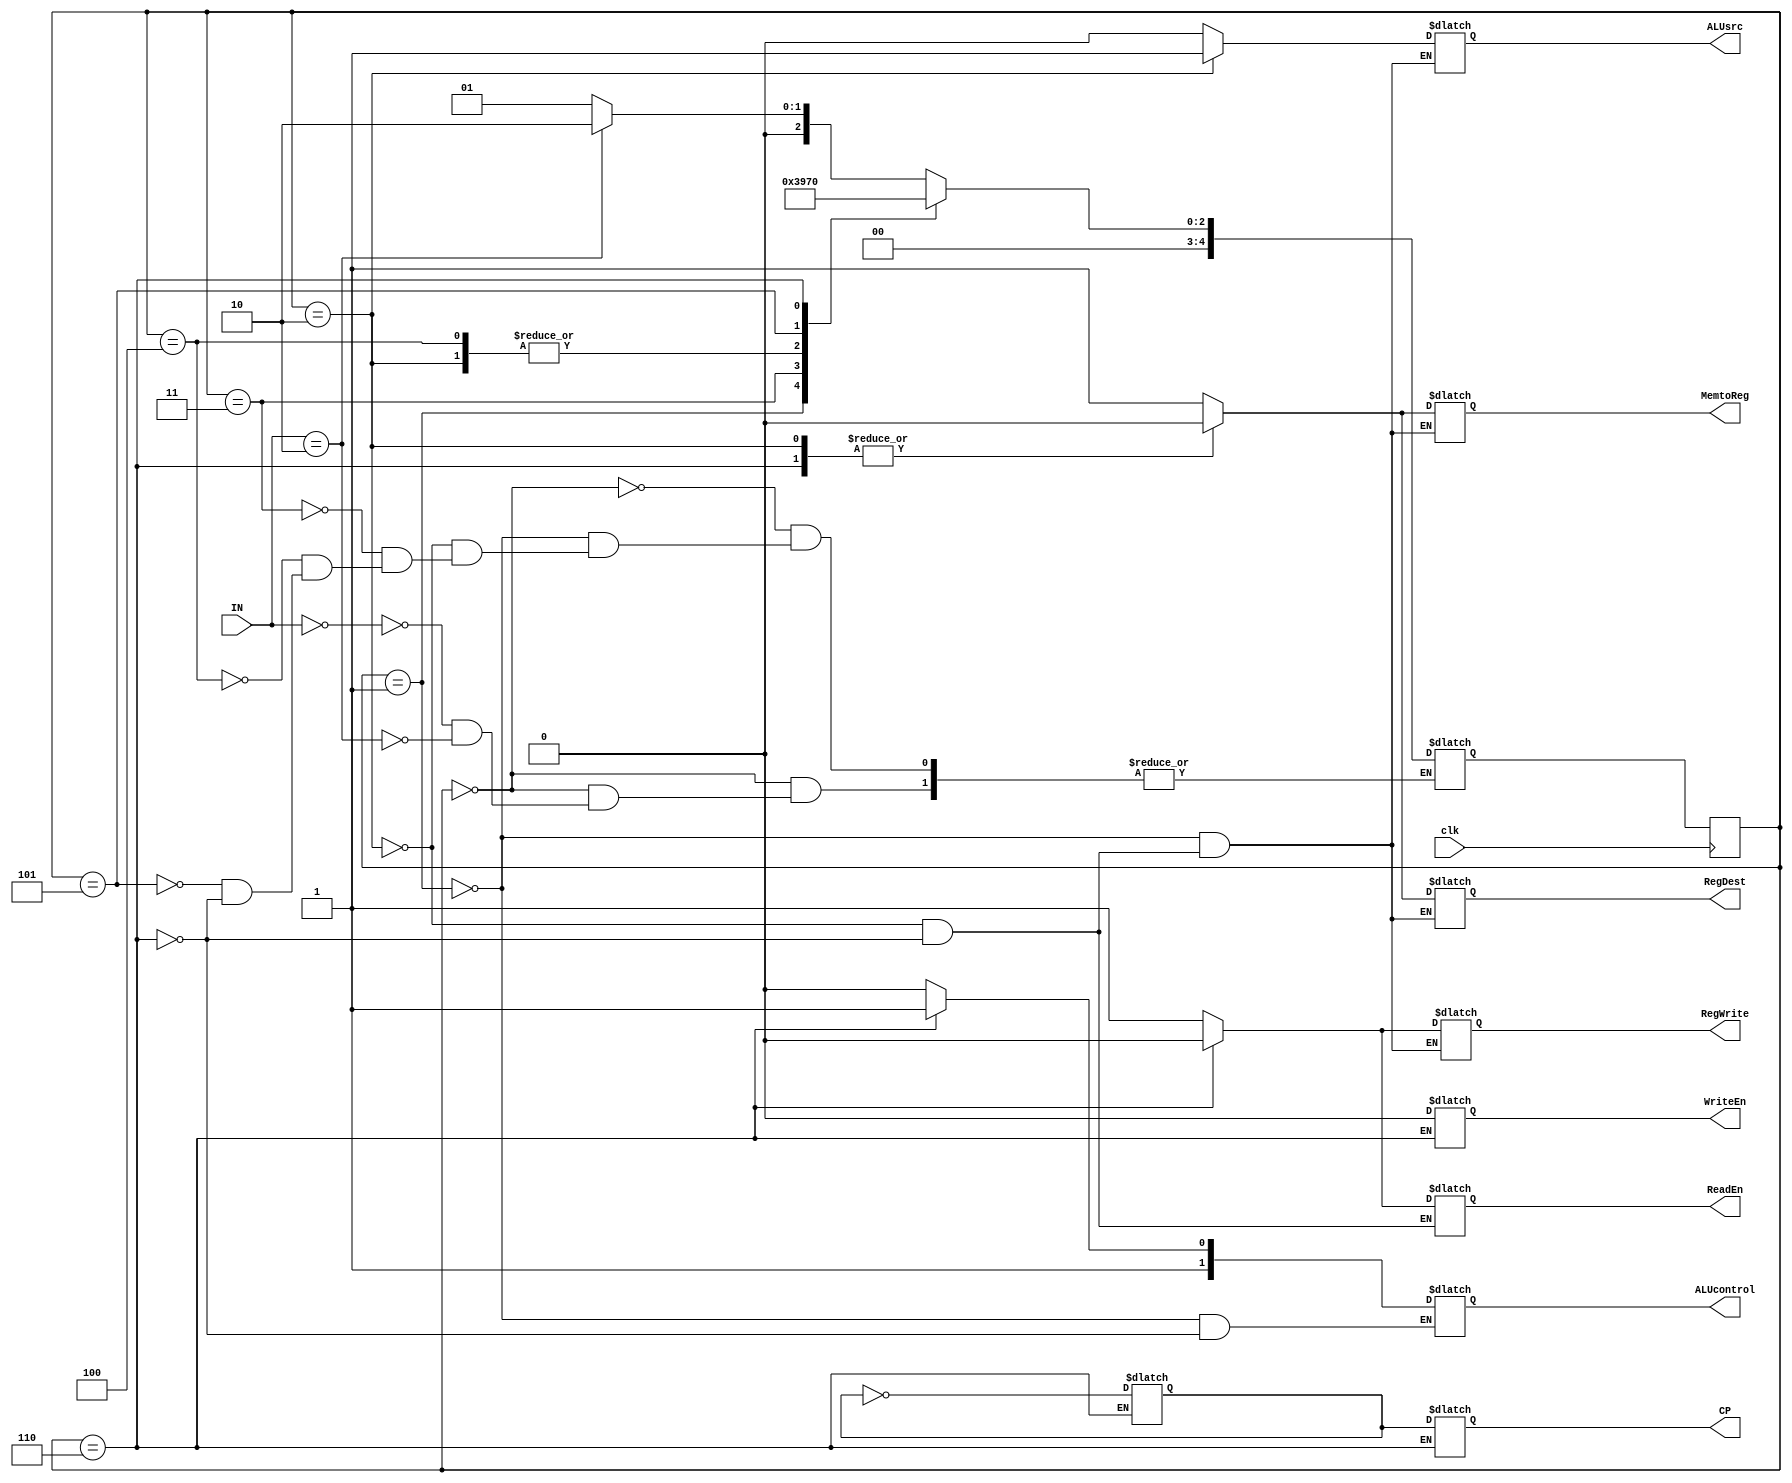
`timescale 1ns / 1ps
//////////////////////////////////////////////////////////////////////////////////
// Company: Universidad de Gualadajara
// 
// Design Name: Main_control_unit
// Module Name: Main_control_unit
// Project Name: Processor
// Target Devices: 
// Tool Versions: 
// Description: 
// 
// Dependencies: 
// 
// Revision:
// Revision 0.01 - File Created
// Additional Comments:
// 
//////////////////////////////////////////////////////////////////////////////////


module Main_control_unit(
        input clk,
        input [5:0] IN,
        output reg RegWrite,RegDest,CP,
        output reg [1:0] ALUcontrol,
        output reg ALUsrc,
        output reg ReadEn,WriteEn,
        output reg MemtoReg
    );
    
    parameter S0 = 0, S1 = 1, S2 = 2, S3 = 3, S4 = 4, S5 = 5, S6 = 6;
    reg auxCP = 0;
    reg [4:0] currentState = S5;
    reg [4:0] nextState;

    
    always@(currentState)
    begin
        case(currentState)
            S0:
            begin
                case(IN)
                    6'b000000: nextState = S1; //R Type Instruction
                    6'b000010: nextState = S2; //I Type Instruction
                endcase
            end
            
            S1: //Executing R Type Instruction
            begin
                RegWrite <= 1'b1;
                RegDest <= 1'b1;
                ALUsrc <= 1'b0;
                MemtoReg <= 1'b1;
                ALUcontrol <= 2'b10;
                nextState <= S3;
            end
            
            S2: //Executing an I Type Instruction
            begin
                RegWrite <= 1'b1;
                RegDest <= 1'b0;
                ALUsrc <= 1'b1;
                MemtoReg <= 1'b0;
                ReadEn <= 1'b1;
                nextState <= S5;
            end
            
            S3:
            begin
                nextState <= S4;
            end
            
            S4:
            begin
                nextState <= S5;
            end
            
            S5:
            begin
                nextState <= S6;
            end

            S6:
            begin
                auxCP <= ~auxCP;
                CP <= auxCP;
                ReadEn <= 0;
                WriteEn <= 0;
                ALUcontrol <= 2'b11;
                RegWrite <= 0;
                RegDest <= 0;
                ALUsrc <= 0;
                MemtoReg <= 0;
                nextState <= S0;
            end            
        endcase
    end
    
    always@(posedge clk)
    begin
        currentState <= nextState;
    end
endmodule